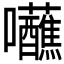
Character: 𡆖